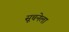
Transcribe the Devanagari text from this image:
सूचनेला